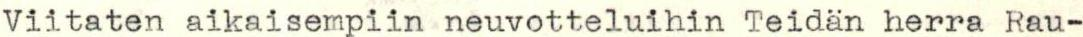
Viitaten aikaisempiin neuvotteluihin Teidän herra Rau-